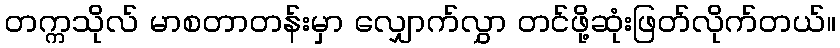
တက္ကသိုလ် မာစတာတန်းမှာ လျှောက်လွှာ တင်ဖို့ဆုံးဖြတ်လိုက်တယ်။